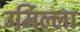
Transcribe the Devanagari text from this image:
उर्मिल्ला